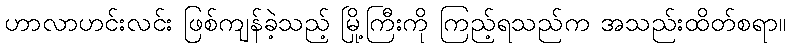
ဟာလာဟင်းလင်း ဖြစ်ကျန်ခဲ့သည့် မြို့ကြီးကို ကြည့်ရသည်က အသည်းထိတ်စရာ။